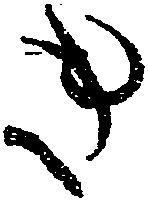
き